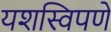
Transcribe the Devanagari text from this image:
यशस्विपणे